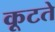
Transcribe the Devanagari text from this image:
कूटते